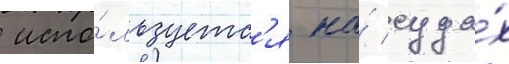
 испо́льзуетс'я на́ суда́х